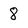
Character: 8